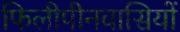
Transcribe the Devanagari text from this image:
फिलीपीनवासियों